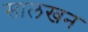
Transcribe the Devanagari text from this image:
सालखन